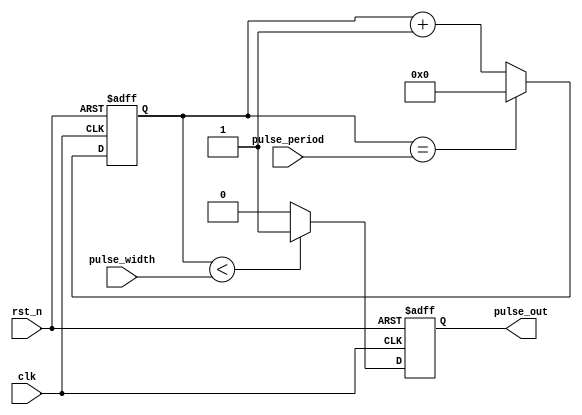
module SimplePulseGenerator (
    input wire clk,
    input wire rst_n,
    input wire [7:0] pulse_width,
    input wire [7:0] pulse_period,
    output reg pulse_out
);

reg [7:0] counter;

always @(posedge clk or negedge rst_n) begin
    if (~rst_n) begin
        counter <= 8'h00;
        pulse_out <= 1'b0;
    end else begin
        if (counter == pulse_period) begin
            counter <= 8'h00;
        end else begin
            counter <= counter + 1;
        end
        
        if (counter < pulse_width) begin
            pulse_out <= 1'b1;
        end else begin
            pulse_out <= 1'b0;
        end
    end
end

endmodule